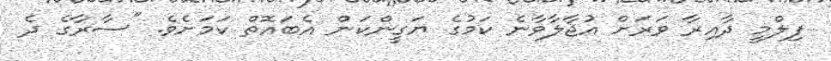
ފިލްމީ ދާއިރާ ވަރަށް އުޖާލާވާނެ ކަމުގެ ޔަގީންކަން އެބައޮތް ކަމަށެވެ. "ސާރާގެ ދެ